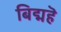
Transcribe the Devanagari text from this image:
बिद्महॆ